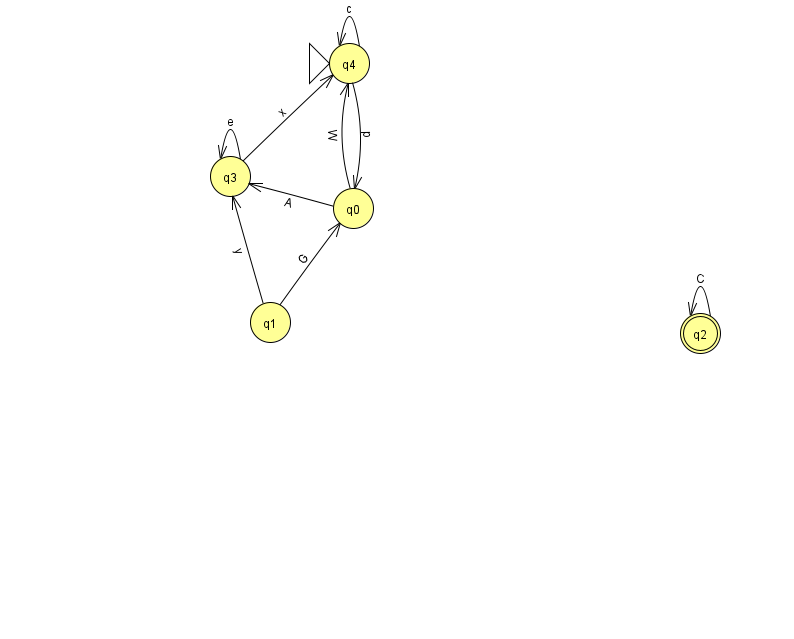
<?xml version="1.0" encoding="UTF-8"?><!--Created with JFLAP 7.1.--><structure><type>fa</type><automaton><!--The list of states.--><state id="0" name="q0"><x>353.0</x><y>195.0</y></state><state id="1" name="q1"><x>270.0</x><y>309.0</y></state><state id="2" name="q2"><x>700.0</x><y>320.0</y><final/></state><state id="3" name="q3"><x>230.0</x><y>163.0</y></state><state id="4" name="q4"><x>349.0</x><y>50.0</y><initial/></state><!--The list of transitions.--><transition><from>2</from><to>2</to><read>C</read></transition><transition><from>4</from><to>0</to><read>p</read></transition><transition><from>4</from><to>4</to><read>c</read></transition><transition><from>0</from><to>4</to><read>W</read></transition><transition><from>3</from><to>3</to><read>e</read></transition><transition><from>3</from><to>4</to><read>x</read></transition><transition><from>1</from><to>0</to><read>G</read></transition><transition><from>1</from><to>3</to><read>y</read></transition><transition><from>0</from><to>3</to><read>A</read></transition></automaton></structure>